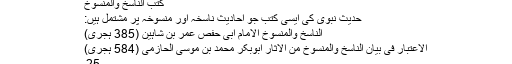
کتب الناسخ والمنسوخ
حدیث نبوی کی ایسی کتب جو احادیث ناسخہ اور منسوخہ پر مشتمل ہیں:
الناسخ والمنسوخ الامام ابی حفص عمر بن شاہین (385 ہجری)
الاعتبار فی بیان الناسخ والمنسوخ من الاثار ابوبکر محمد بن موسی الحازمی (584 ہجری)
25۔